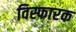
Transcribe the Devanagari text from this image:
विस्फारक